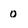
Character: 0